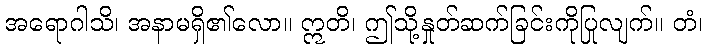
အရောဂါသိ၊ အနာမရှိ၏လော။ ဣတိ၊ ဤသို့နှုတ်ဆက်ခြင်းကိုပြုလျက်။ တံ၊